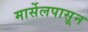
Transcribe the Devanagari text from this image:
मार्सेलपासून